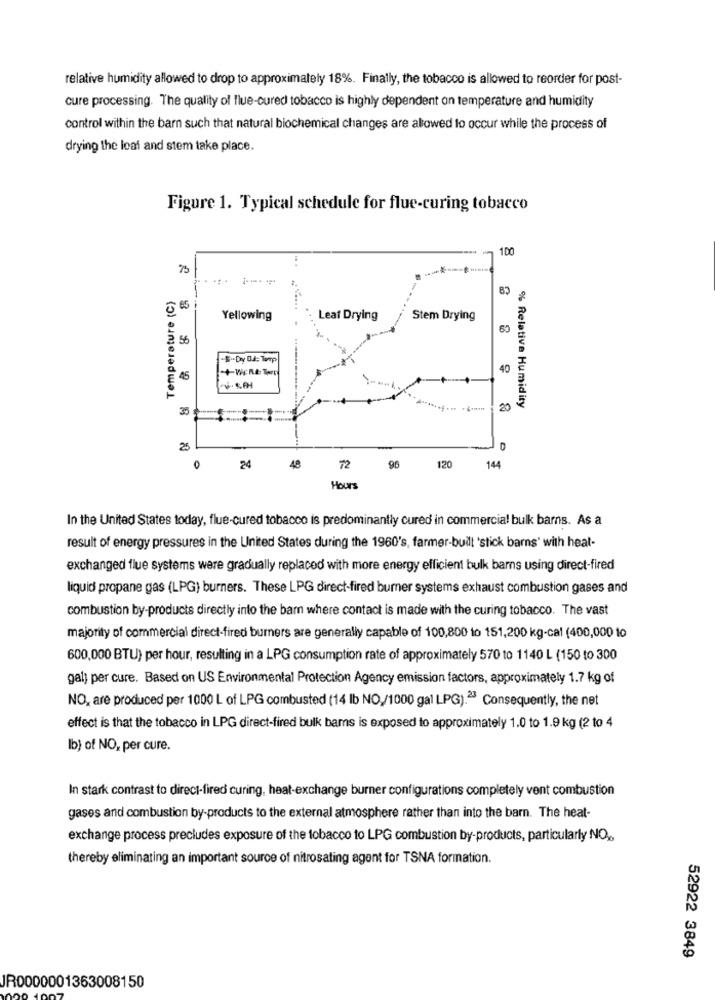
relative humidity allowed to drop to approximately 18%. Finally, the tobacco is allowed to reorder for post-
cure processing. The quality of flue-cured tobacco is highly dependent on temperature and humidity
control within the barn such that natural biochemical changes are allowed to occur while the process of
drying the leaf and stem take place.
Figure 1. Typical schedule for flue-curing tobacco
100
----
Temperature (C)
Yellowing
Leaf Drying
Stem Drying
56
40
45
35
20
% Relative Humidity
25
D
96
120
0
24
48
72
144
Hours
In the United States today, flue-cured tobacco is predominantly cured in commercial bulk barns. As a
result of energy pressures in the United States during the 1960's, farmer-built 'stick barns' with heat-
exchanged flue systems were gradually replaced with more energy efficient bulk barns using direct-fired
liquid propane gas (LPG) burners. These LPG direct-fired burner systems exhaust combustion gases and
combustion by-products directly into the barn where contact is made with the curing tobacco. The vast
majority of commercial direct-fired burners are generally capable of 100,800 to 151,200 kg-cal (400,000 10
600,000 BTU) per hour, resulting in a LPG consumption rate of approximately 570 to 1140 L (150 to 300
gal) per cure. Based on US Environmental Protection Agency emission factors, approximately 1.7 kg of
NO, are produced per 1000 L of LPG combusted (14 lb NO,/1000 gal LPG).23 Consequently, the net
effect is that the tobacco in LPG direct-fired bulk bams is exposed to approximately 1.0 to 1.9 kg (2 to 4
Ib) of NO, per cure.
In stark contrast to direct-fired curing, heat-exchange burner configurations completely vent combustion
gases and combustion by-products to the external atmosphere rather than into the barn. The heat-
exchange process precludes exposure of the tobacco to LPG combustion by-products, particularly NO ...
thereby eliminating an important source of nitrosating agent for TSNA formation.
52922 3849
JR0000001363008150